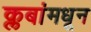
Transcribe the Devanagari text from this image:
क्लबांमधून